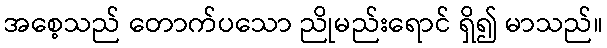
အစေ့သည် တောက်ပသော ညိုမည်းရောင် ရှိ၍ မာသည်။